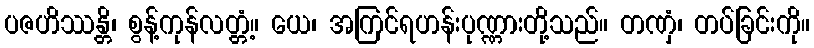
ပဇဟိဿန္တိ၊ စွန့်ကုန်လတ္တံ့။ ယေ၊ အကြင်ရဟန်းပုဏ္ဏားတို့သည်။ တဏှံ၊ တပ်ခြင်းကို။